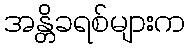
အန္တိခရစ်များက